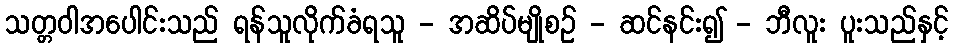
သတ္တဝါအပေါင်းသည် ရန်သူလိုက်ခံရသူ - အဆိပ်မျိုစဉ် - ဆင်နင်း၍ - ဘီလူး ပူးသည်နှင့်